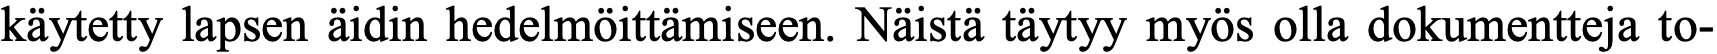
käytetty lapsen äidin hedelmöittämiseen. Näistä täytyy myös olla dokumentteja to-